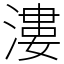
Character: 漊